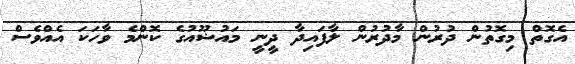
އެގޮތް މިގޮތުން ދުރުން މާދުރުން ލާފައިދާ ދީނީ މައުޟޫއުގެ ކޮންމެ ވާހަކަ އެއްވެސް